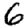
Digit: 6